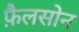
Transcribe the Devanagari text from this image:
फ़ैलसोन